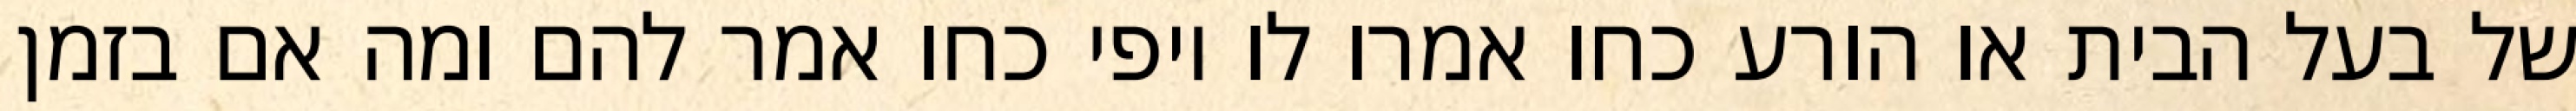
של בעל הבית או הורע כחו אמרו לו יופי כחו אמר להם ומה אם בזמן